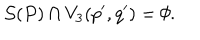
{ \cal S } ( P ) \cap V _ { 3 } ( p ^ { \prime } , q ^ { \prime } ) = \emptyset .